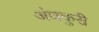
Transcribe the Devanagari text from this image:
अंधकुरी